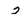
Character: 3